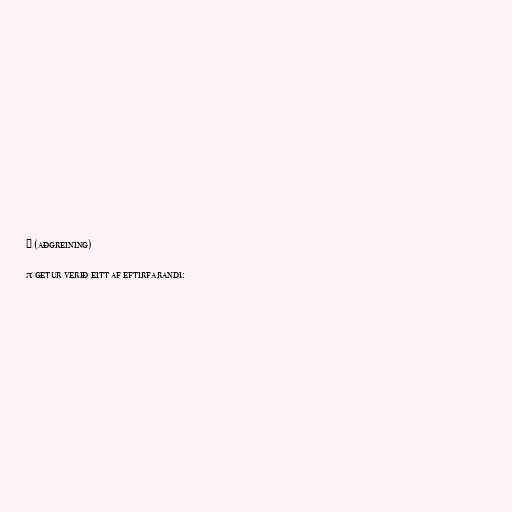
Π (aðgreining)

π getur verið eitt af eftirfarandi: